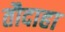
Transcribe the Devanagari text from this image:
तौदाहा